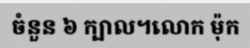
ចំនួន ៦ ក្បាល។លោក ម៉ុក